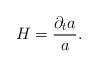
LaTeX: \begin{align*}H = \frac{\partial_ta}{a}.\end{align*}